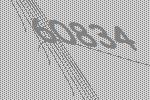
60834